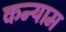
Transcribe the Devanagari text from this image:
कन्याम